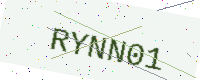
Text: RYNN01